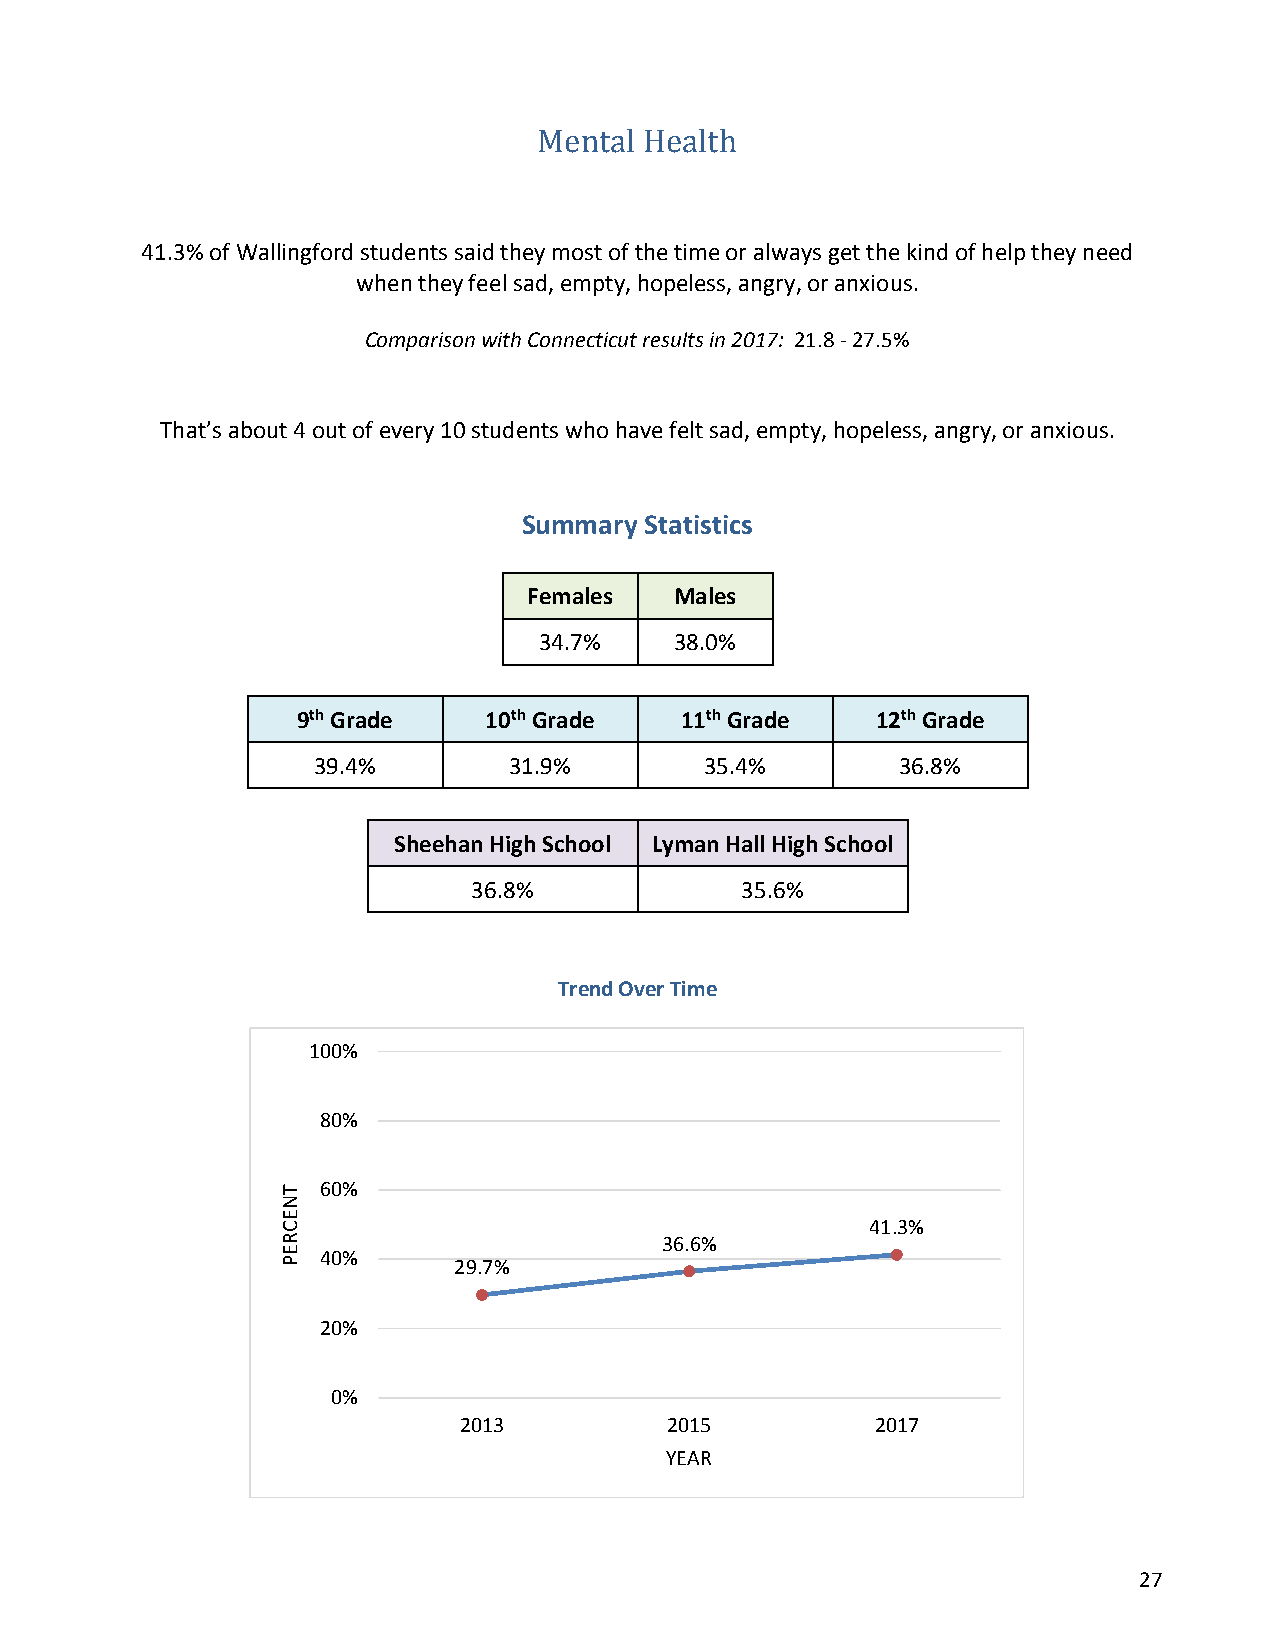
Mental Health
 41.3% of Wallingford students said they most of the time or always get the kind of help they need
 when they feel sad, empty, hopeless, angry, or anxious.
 Comparison with Connecticut results in 2017: 21.8 - 27.5%
 That’s about 4 out of every 10 students who have felt sad, empty, hopeless, angry, or anxious.
 Summary Statistics
 Females   Males
 34.7%    38.0%
 9th Grade   10th Grade   11th Grade   12th Grade
 39.4%        31.9%        35.4%        36.8%
 Sheehan High School Lyman Hall High School
 36.8%             35.6%
 Trend Over Time
 100%
 80%
 60%
 41.3%
 36.6%
 40%
 29.7%
 20%
 0%
 2013          2015          2017
 YEAR
 27
 TNECREP